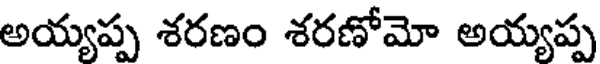
అయ్యప్ప శరణం శరణోమో అయ్యప్ప